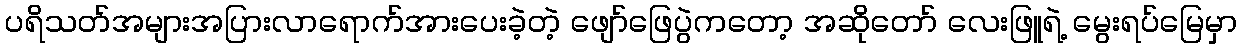
ပရိသတ်အများအပြားလာရောက်အားပေးခဲ့တဲ့ ဖျော်ဖြေပွဲကတော့ အဆိုတော် လေးဖြူရဲ့ မွေးရပ်မြေမှာ